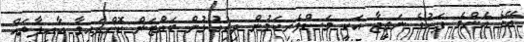
އޭގެ އެންމެ ފަހުގެ ނަތީޖާ އަކީ މަސްވެރިކަމުން ދިރިއުޅުން ބައްޓަން ކޮށްފައިވާ އާއިލާތައް